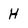
Character: H